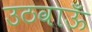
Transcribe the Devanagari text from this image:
उठवाऊँ